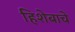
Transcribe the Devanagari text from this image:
हिशेबाचे